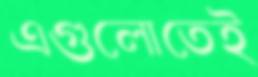
এগুলোতেই